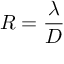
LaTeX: R = { \frac { \lambda } { D } }